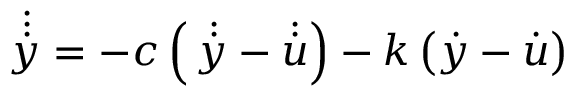
\dot { \dot { \dot { y } } } = - c \left( \, \dot { \dot { y } } - \dot { \dot { u } } \right) - k \left( \dot { y } - \dot { u } \right)